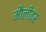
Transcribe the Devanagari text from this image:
मौलीदर